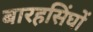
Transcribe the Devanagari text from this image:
बारहसिंघों